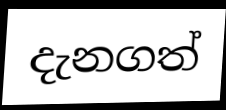
දැනගත්